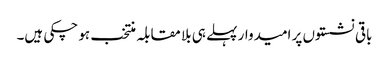
باقی نشستوں پر امیدوار پہلے ہی بلا مقابلہ منتخب ہو چکی ہیں۔